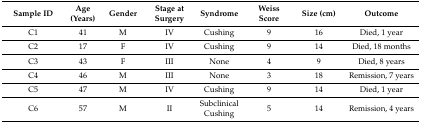
<table><thead><tr><td><b>Sample ID</b></td><td><b>Age (Years)</b></td><td><b>Gender</b></td><td><b>Stage at Surgery</b></td><td><b>Syndrome</b></td><td><b>Weiss Score</b></td><td><b>Size (cm)</b></td><td><b>Outcome</b></td></tr></thead><tbody><tr><td>C1</td><td>41</td><td>M</td><td>IV</td><td>Cushing</td><td>9</td><td>16</td><td>Died, 1 year</td></tr><tr><td>C2</td><td>17</td><td>F</td><td>IV</td><td>Cushing</td><td>9</td><td>14</td><td>Died, 18 months</td></tr><tr><td>C3</td><td>43</td><td>F</td><td>III</td><td>None</td><td>4</td><td>9</td><td>Died, 8 years</td></tr><tr><td>C4</td><td>46</td><td>M</td><td>III</td><td>None</td><td>3</td><td>18</td><td>Remission, 7 years</td></tr><tr><td>C5</td><td>47</td><td>M</td><td>IV</td><td>Cushing</td><td>9</td><td>14</td><td>Died, 1 year</td></tr><tr><td>C6</td><td>57</td><td>M</td><td>II</td><td>Subclinical Cushing</td><td>5</td><td>14</td><td>Remission, 4 years</td></tr></tbody></table>